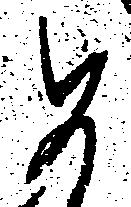
め